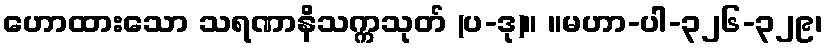
ဟောထားသော သရဏာနိသက္ကသုတ် (ပ-ဒု)။ ။မဟာ-ပါ-၃၂၆-၃၂၉၊